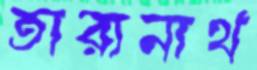
তারানাথ